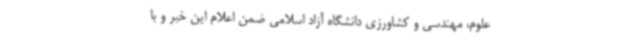
علوم، مهندسی و کشاورزی دانشگاه آزاد اسلامی ضمن اعلام این خبر و با